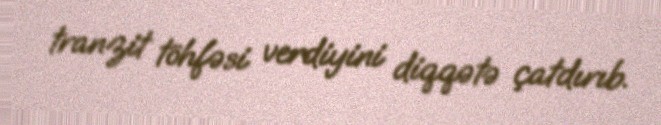
tranzit töhfəsi verdiyini diqqətə çatdırıb.